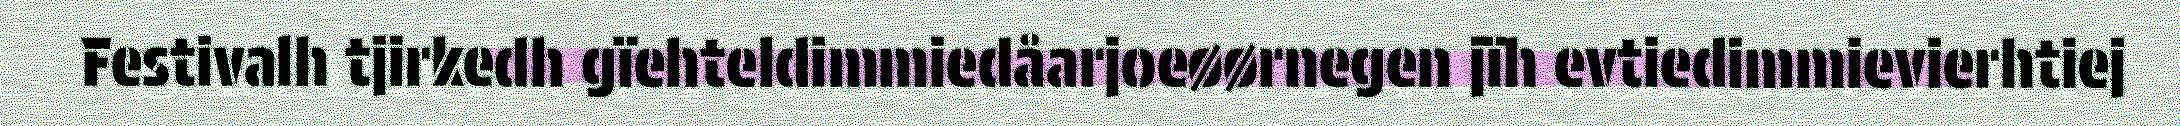
Festivalh tjirkedh gïehteldimmiedåarjoeøørnegen jïh evtiedimmievierhtiej